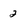
Character: 2